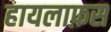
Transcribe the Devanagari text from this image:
हायलाफ़स